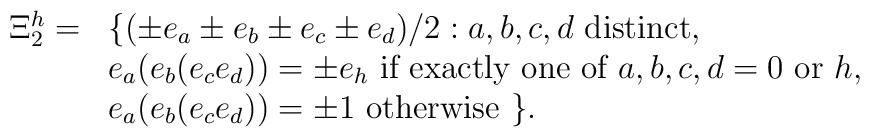
\begin{array}{cl}\Xi_{2}^{h} = &  \{(\pm e_{a}\pm e_{b}\pm e_{c}\pm e_{d})/2: a,b,c,d\mbox{ distinct}, \\ & e_{a}(e_{b}(e_{c}e_{d}))=\pm e_{h} \mbox{ if exactly one of } a,b,c,d= 0\mbox{ or } h, \\ & e_{a}(e_{b}(e_{c}e_{d}))=\pm 1 \mbox{ otherwise }\}.\end{array}